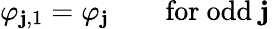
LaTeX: \varphi_{\mathbf{j},1}=\varphi_{\mathbf{j}}\qquad\mathrm{{for~odd~\mathbf{j}~}}